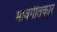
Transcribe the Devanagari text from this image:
भावगीतकार